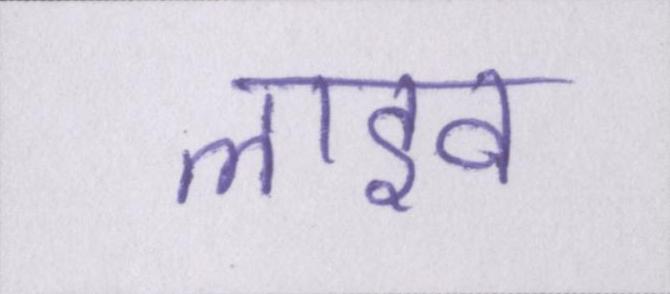
लाइव